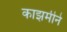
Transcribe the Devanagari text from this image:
काझमीने